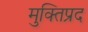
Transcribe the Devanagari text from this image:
मुक्तिप्रद